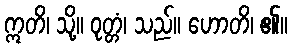
ဣတိ၊ သို့။ ဝုတ္တံ၊ သည်။ ဟောတိ၊ ၏။